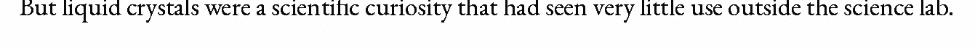
But liquid crystals were a scientific curiosity that had seen very little use outside the science lab.